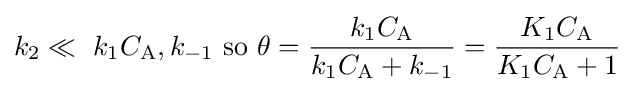
k_{2}\ll \ k_{1}C_{\mathrm {A} },k_{-1}{\text{ so }}\theta ={\frac {k_{1}C_{\mathrm {A} }}{k_{1}C_{\mathrm {A} }+k_{-1}}}={\frac {K_{1}C_{\mathrm {A} }}{K_{1}C_{\mathrm {A} }+1}}